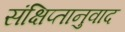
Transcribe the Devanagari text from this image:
संक्षिप्तानुवाद